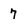
Character: 7